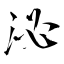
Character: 泌